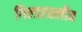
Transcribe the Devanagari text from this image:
गिल्डरस्लीव